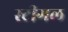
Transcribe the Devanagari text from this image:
स्टीगल